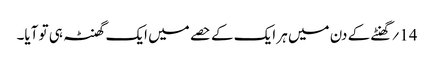
14؍ گھنٹے کے دن میں ہر ایک کے حصے میں ایک گھنٹہ ہی تو آیا۔